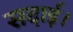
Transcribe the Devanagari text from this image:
सदाई।